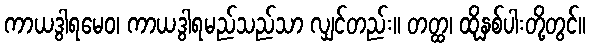
ကာယဒွါရမေဝ၊ ကာယဒွါရမည်သည်သာ လျှင်တည်း။ တတ္ထ၊ ထိုနှစ်ပါးတို့တွင်။